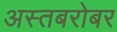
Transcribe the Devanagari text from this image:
अस्तबरोबर